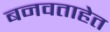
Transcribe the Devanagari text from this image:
बनवताहेत